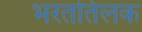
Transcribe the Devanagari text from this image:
भरततिलक